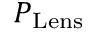
P _ { \mathrm { L e n s } }